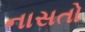
નાસતો